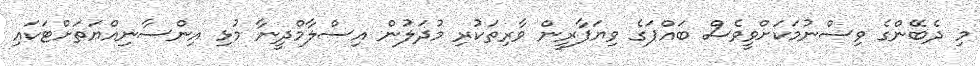
މި ދެބޭންގެ ވިސްނުމަކަށްވީވެސް ބައްޕަގެ ވިޔަފާރީން ވާރިތަކުރި މުދަލުން އިސްލާމްދީނާ މުޅި އިންސާނިއްޔަތަށްޓަކައި